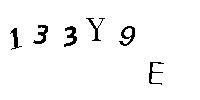
133Y9E